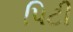
પિટી